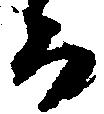
る